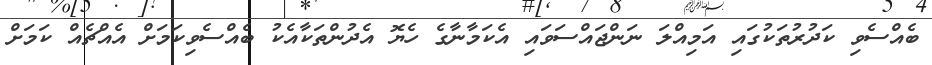
ބެއްސެވި ކަދުރުތަކުގައި އަމިއްލަ ނަންޖައްސަވައި އެެކަމާނާގެ ހެޔޮ އެދުންތަކާއެކު ބެއްސެވިކަމަށް އެއްޗެއް ކަމަށް